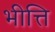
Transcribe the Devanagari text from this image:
भीत्ति